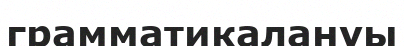
грамматикалануы